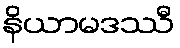
နိယာမဒဿီ